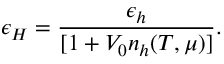
\epsilon _ { H } = { \frac { \epsilon _ { h } } { [ 1 + V _ { 0 } n _ { h } ( T , \mu ) ] } } .